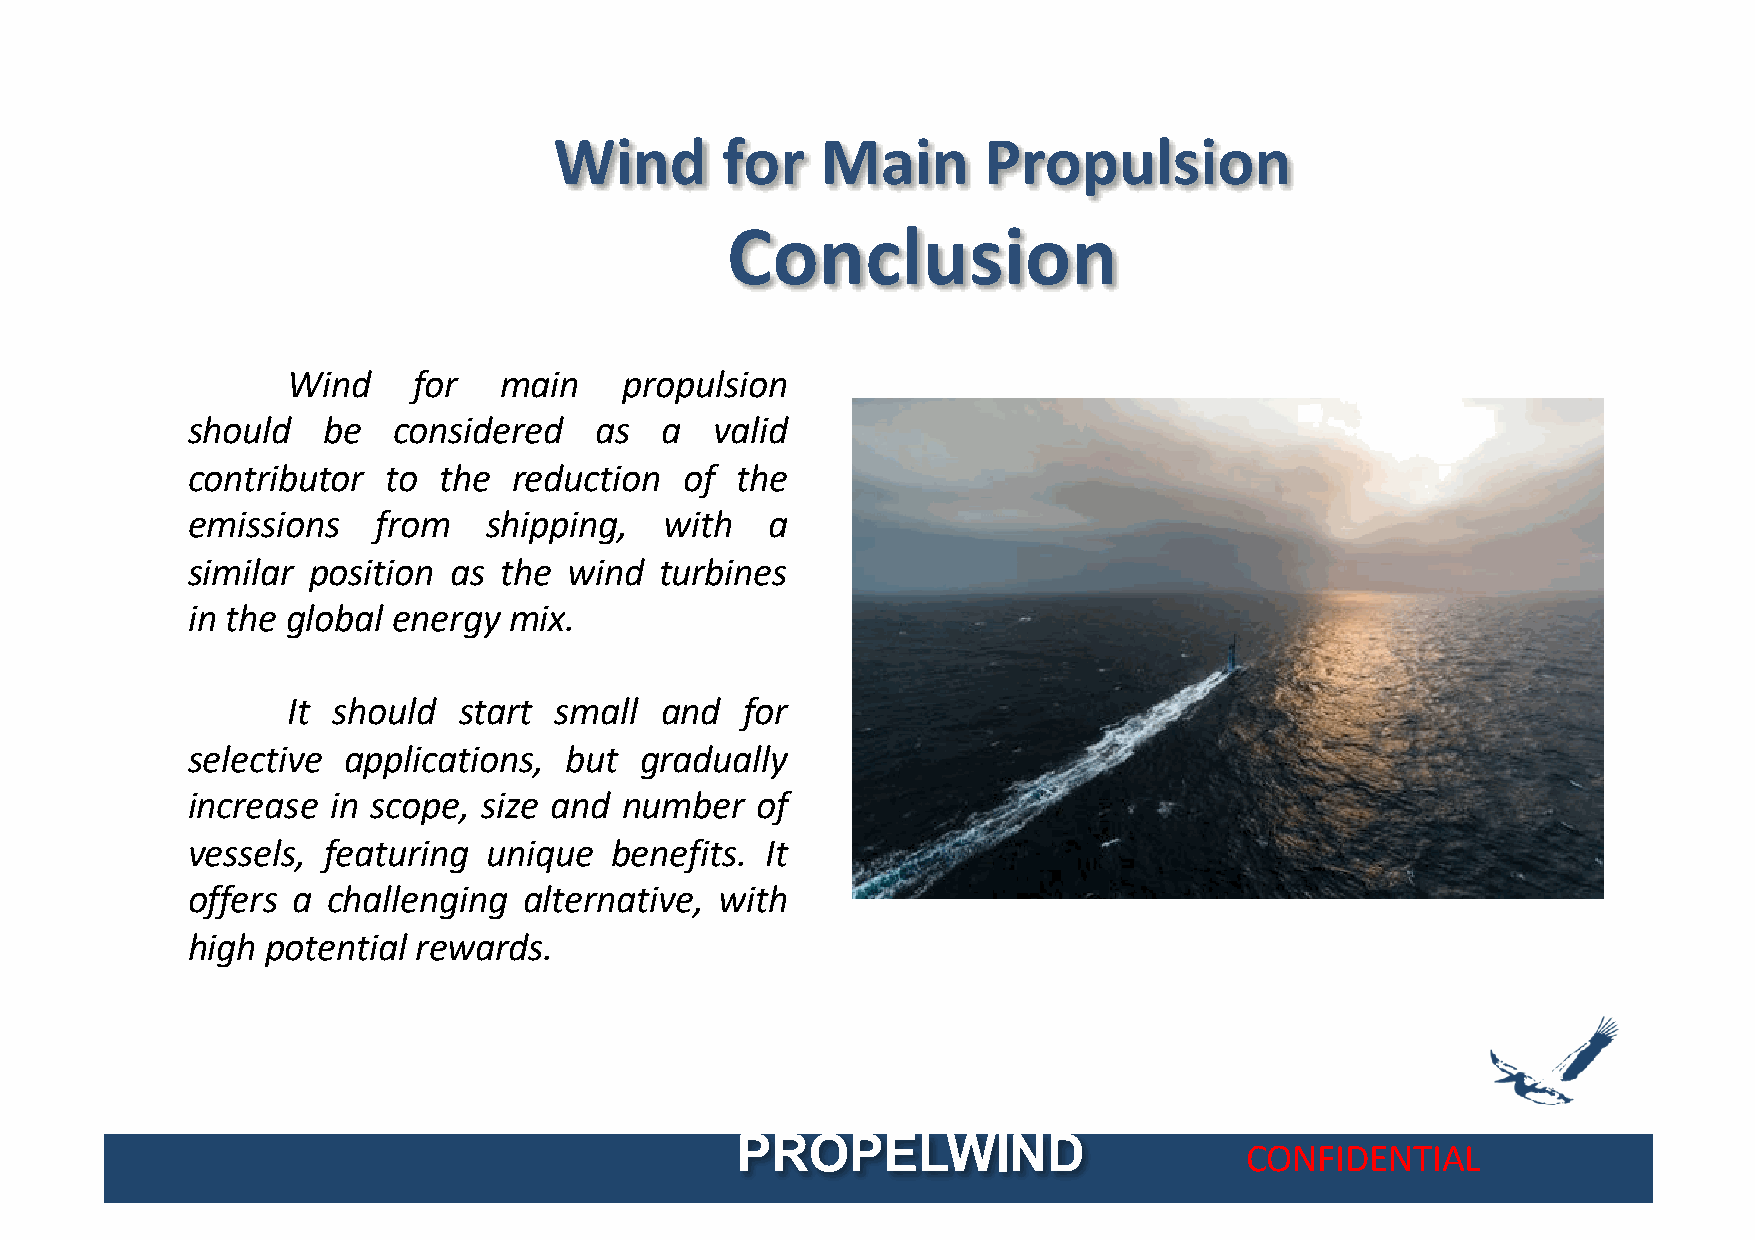
Wind       for   Main       Propulsion
 Conclusion
 Wind    for   main    propulsion
 should   be   considered   as   a  valid
 contributor  to  the  reduction  of  the
 emissions    from   shipping,   with   a
 similar position  as the  wind  turbines
 in the global energy  mix.
 It should  start  small  and  for
 selective  applications, but  gradually
 increase  in scope, size and number   of
 vessels, featuring  unique  benefits.  It
 offers a  challenging  alternative, with
 high  potential rewards.
 PROPELWIND
 CONFIDENTIAL